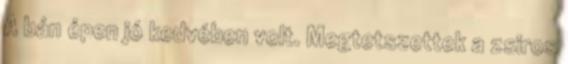
A bán épen jó kedvében volt. Megtetszettek a zsiros